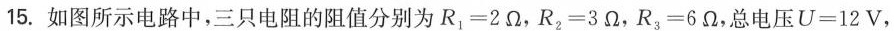
15.如图所示电路中，三只电阻的阻值分别为$$R_{1}=2\Omega$$，$$R_{2}=3\Omega$$，$$R_{3}=6\Omega$$，总电压$$U=12V$$，